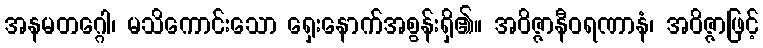
အနမတဂ္ဂေါ၊ မသိကောင်းသော ရှေးနောက်အစွန်းရှိ၏။ အဝိဇ္ဇာနီဝရဏာနံ၊ အဝိဇ္ဇာဖြင့်